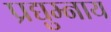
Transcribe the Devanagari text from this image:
प्रद्युम्नाय